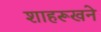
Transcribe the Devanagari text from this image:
शाहरूखने